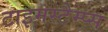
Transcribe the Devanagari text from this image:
टाइमस्टैम्प्स